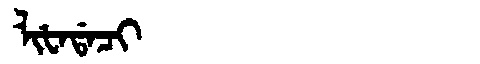
Manchu: ᠯᡳᡶᠠᡩᠠᠴᡳ
Romanization: LIFADACI